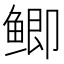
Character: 鲫